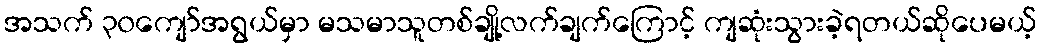
အသက် ၃၀ကျော်အရွယ်မှာ မသမာသူတစ်ချို့လက်ချက်ကြောင့် ကျဆုံးသွားခဲ့ရတယ်ဆိုပေမယ့်